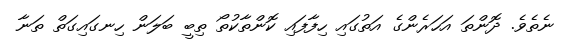
ނެތެވެ. ދޮންތަ އަހަރެންގެ އަތުގައި ހިފާފައި ކޮންތާކުތޯ ތިބީ ބަލަން ހިނގައިގަތް ތަނާ